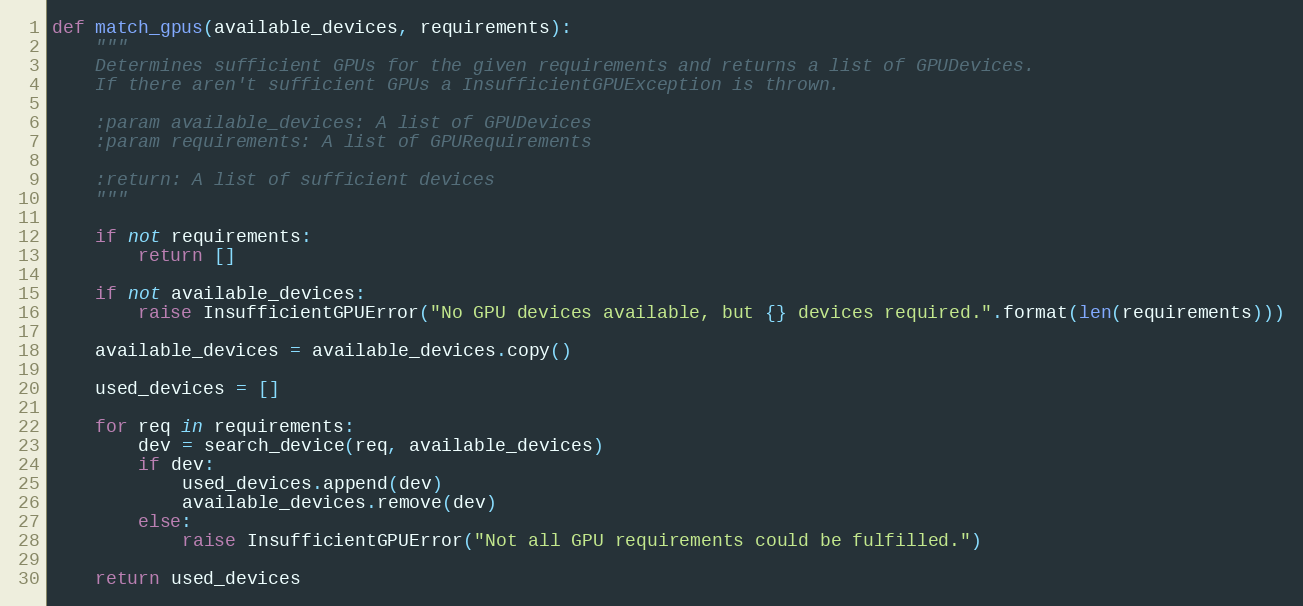
Language: Python
def match_gpus(available_devices, requirements):
    """
    Determines sufficient GPUs for the given requirements and returns a list of GPUDevices.
    If there aren't sufficient GPUs a InsufficientGPUException is thrown.

    :param available_devices: A list of GPUDevices
    :param requirements: A list of GPURequirements

    :return: A list of sufficient devices
    """

    if not requirements:
        return []

    if not available_devices:
        raise InsufficientGPUError("No GPU devices available, but {} devices required.".format(len(requirements)))

    available_devices = available_devices.copy()

    used_devices = []

    for req in requirements:
        dev = search_device(req, available_devices)
        if dev:
            used_devices.append(dev)
            available_devices.remove(dev)
        else:
            raise InsufficientGPUError("Not all GPU requirements could be fulfilled.")

    return used_devices